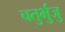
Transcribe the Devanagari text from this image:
चतुर्भुजु